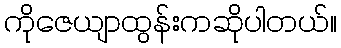
ကိုဇေယျာထွန်းကဆိုပါတယ်။